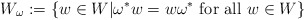
\begin{align*}W_\omega := \{ w\in W | \omega^* w = w \omega^* \mbox{ for all }w\in W\}\end{align*}